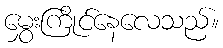
မွှေးကြိုင်နေလေသည်။